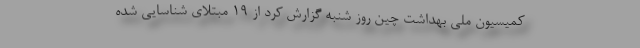
کمیسیون ملی بهداشت چین روز شنبه گزارش کرد از ۱۹ مبتلای شناسایی شده